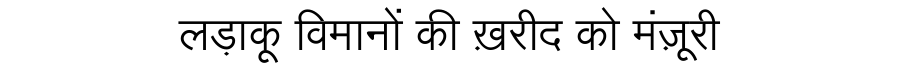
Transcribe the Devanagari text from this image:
लड़ाकू विमानों की ख़रीद को मंज़ूरी